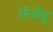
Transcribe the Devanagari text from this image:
रॉन्डेवू